NASA-UAP-D1, Apollo 12 Transcript, 1969
Agency: NASA
Incident date: 1969
Incident location: Moon
Page 3
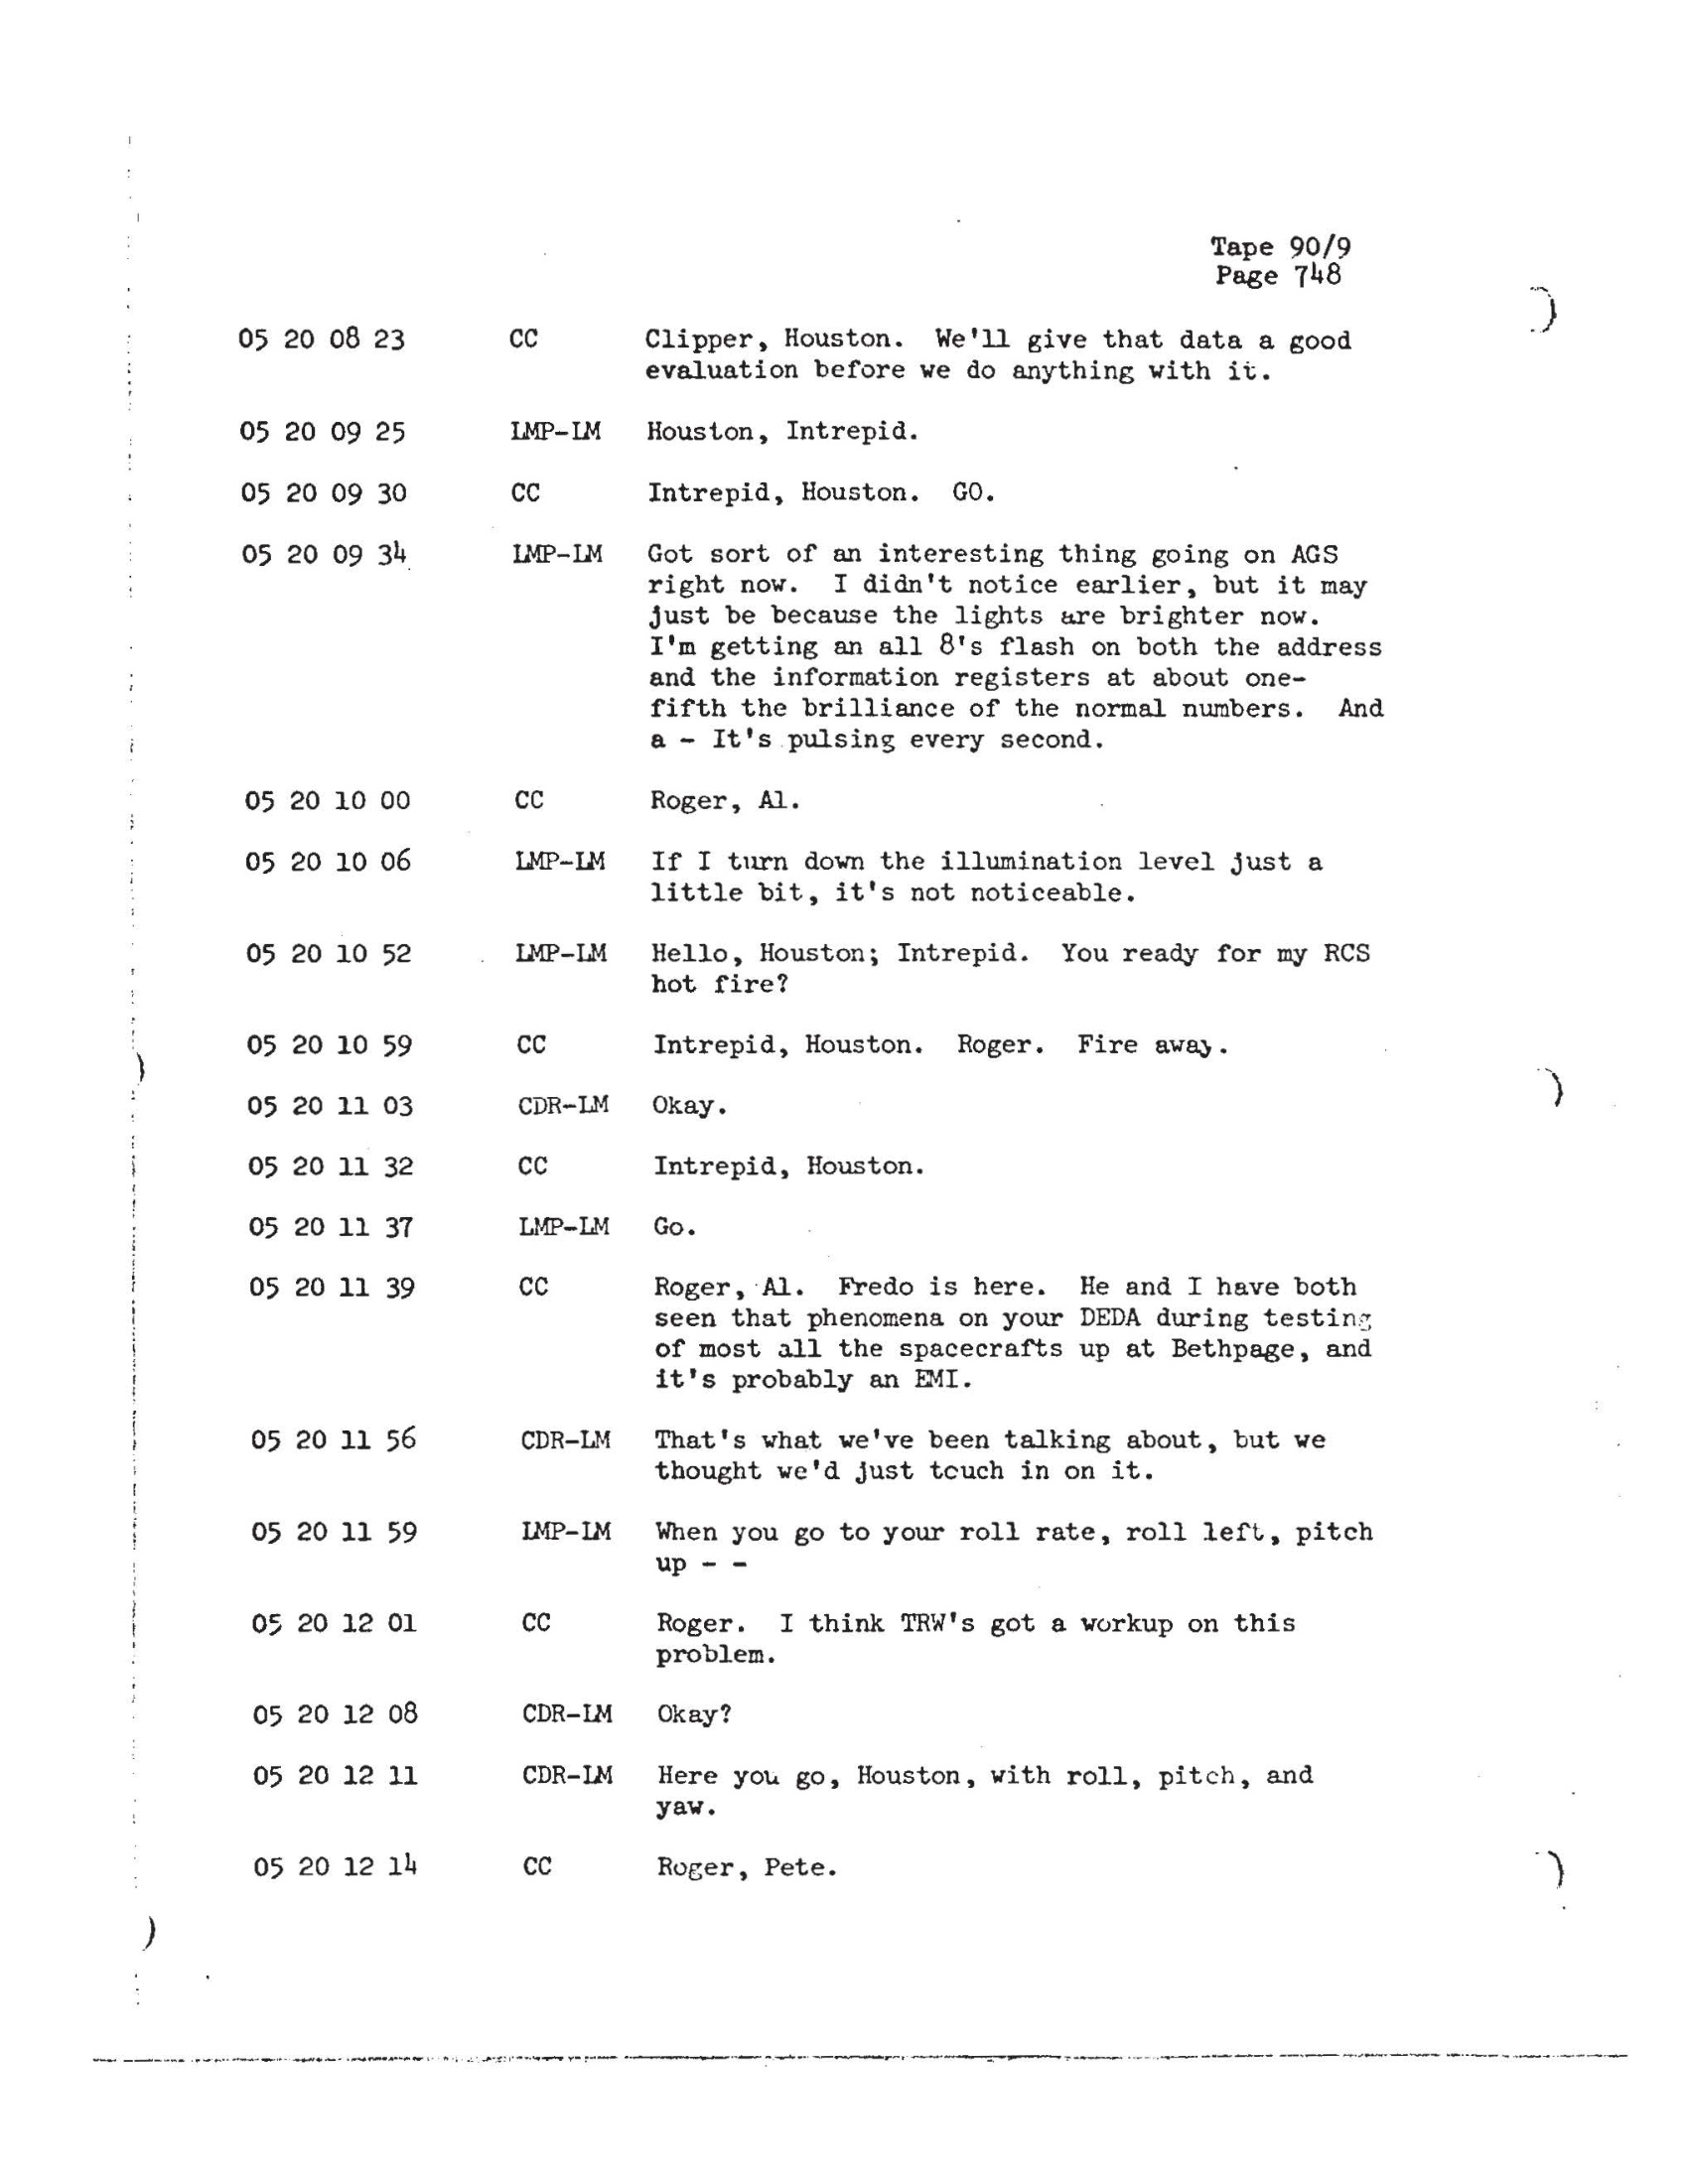